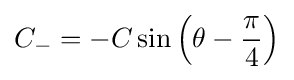
C_{-}=-C\sin {\left(\theta -{\frac {\pi }{4}}\right)}